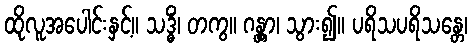
ထိုလူအပေါင်းနှင့်။ သဒ္ဓိံ၊ တကွ။ ဂန္တွာ၊ သွား၍။ ပရိသပရိသန္တေ၊